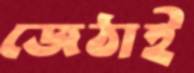
জেঠাই